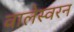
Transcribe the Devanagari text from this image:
वालेस्वरन